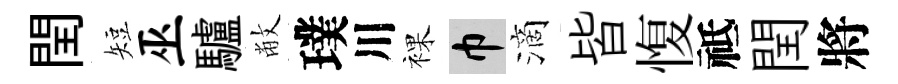
閏短巫驢敝璞川裸巾滴皆愎祗閏將